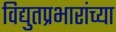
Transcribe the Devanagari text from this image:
विद्युतप्रभारांच्या